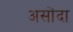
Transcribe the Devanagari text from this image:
असोंदा